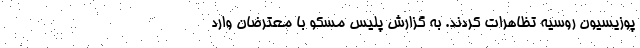
پوزیسیون روسیه تظاهرات کردند. به گزارش پلیس مسکو با معترضان وارد